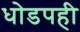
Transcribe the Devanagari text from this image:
धोडपही